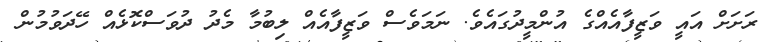
ރަށަށް އައީ ވަޒީފާއެއްގެ އުންމީދުގައެވެ. ނަމަވެސް ވަޒީފާއެއް ލިބުމާ މެދު ދުވަސްކޮޅެއް ހޭދަވުމުން